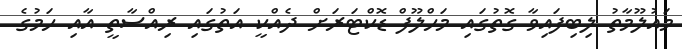
މައުލޫމާތު ލިބިފައިވާ ގޮތުގައި މަހްލޫފް ޑޮކްޓަރަށް ދެއްކީ އަތުގައި ރިއްސާތީ އާއި ހަމުގެ